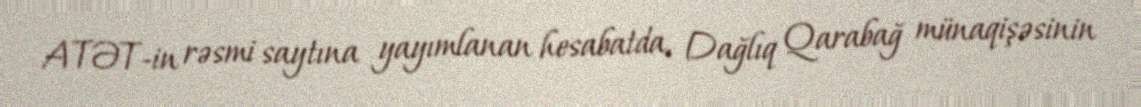
ATƏT-in rəsmi saytına yayımlanan hesabatda, Dağlıq Qarabağ münaqişəsinin